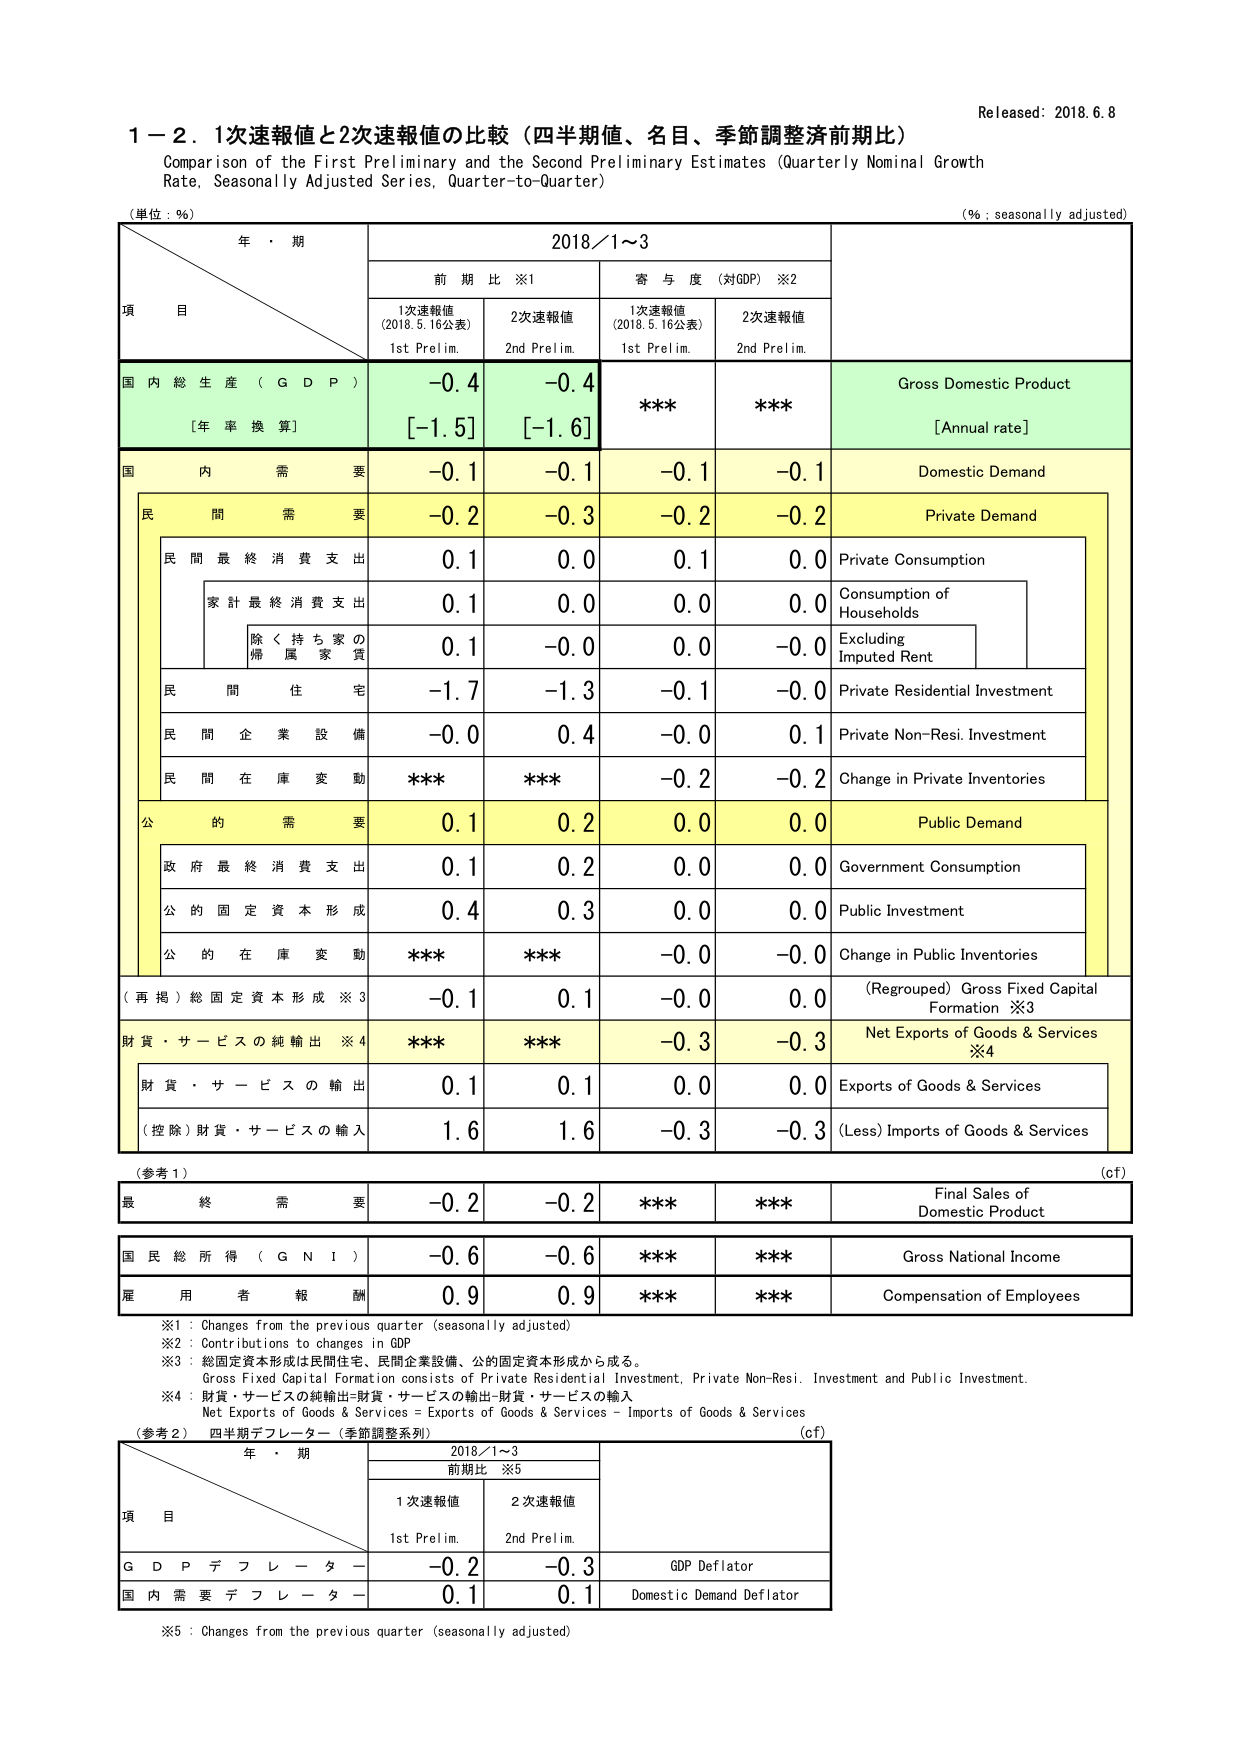
Released: 2018.6.8

1－2．1次速報値と2次速報値の比較（四半期値、名目、季節調整済前期比）
Comparison of the First Preliminary and the Second Preliminary Estimates (Quarterly Nominal Growth Rate, Seasonally Adjusted Series, Quarter-to-Quarter)

(単位：％)
(% : seasonally adjusted)

年・期
2018／1～3

前 期 比 ※1
寄 与 度（対GDP）※2

1次速報値
(2018.5.16公表)
1st Prelim.

2次速報値
2nd Prelim.

1次速報値
(2018.5.16公表)
1st Prelim.

2次速報値
2nd Prelim.

項 目

国内総生産（ＧＤＰ）
Gross Domestic Product
[年率換算]
[Annual rate]

-0.4
[-1.5]

-0.4
[-1.6]

***
***

国内需要
Domestic Demand

-0.1
-0.1
-0.1
-0.1

民間需要
Private Demand

-0.2
-0.3
-0.2
-0.2

民間最終消費支出
Private Consumption

0.1
0.0
0.1
0.0

家計最終消費支出
Consumption of Households

0.1
0.0
0.0
0.0

除く持ち家の帰属家賃
Excluding Imputed Rent

0.1
-0.0
0.0
-0.0

民間住宅
Private Residential Investment

-1.7
-1.3
-0.1
-0.0

民間企業設備
Private Non-Resi. Investment

-0.0
0.4
-0.0
0.1

民間在庫変動
Change in Private Inventories

***
***
-0.2
-0.2

公的需要
Public Demand

0.1
0.2
0.0
0.0

政府最終消費支出
Government Consumption

0.1
0.2
0.0
0.0

公的固定資本形成
Public Investment

0.4
0.3
0.0
0.0

公的在庫変動
Change in Public Inventories

***
***
-0.0
-0.0

（再掲）総固定資本形成※3
(Regrouped) Gross Fixed Capital Formation ※3

-0.1
0.1
-0.0
0.0

財貨・サービスの純輸出※4
Net Exports of Goods & Services ※4

***
***
-0.3
-0.3

財貨・サービスの輸出
Exports of Goods & Services

0.1
0.1
0.0
0.0

（控除）財貨・サービスの輸入
(Less) Imports of Goods & Services

1.6
1.6
-0.3
-0.3

（参考1）
(c.f)

最終需要
Final Sales of Domestic Product

-0.2
-0.2
***
***

国民総所得（ＧＮＩ）
Gross National Income

-0.6
-0.6
***
***

雇用者報酬
Compensation of Employees

0.9
0.9
***
***

※1：Changes from the previous quarter (seasonally adjusted)
※2：Contributions to changes in GDP
※3：総固定資本形成は民間住宅、民間企業設備、公的固定資本形成から成る。
Gross Fixed Capital Formation consists of Private Residential Investment, Private Non-Resi. Investment and Public Investment.
※4：財貨・サービスの純輸出＝財貨・サービスの輸出－財貨・サービスの輸入
Net Exports of Goods & Services = Exports of Goods & Services – Imports of Goods & Services

（参考2）四半期デフレーター（季節調整系列）
(c.f)

年・期
2018／1～3

前期比 ※5

1次速報値
1st Prelim.

2次速報値
2nd Prelim.

項 目

ＧＤＰデフレーター
GDP Deflator

-0.2
-0.3

国内需要デフレーター
Domestic Demand Deflator

0.1
0.1

※5：Changes from the previous quarter (seasonally adjusted)